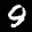
Label: 9